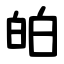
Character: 㿟